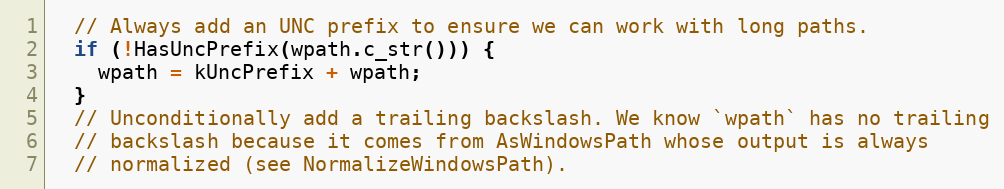
Language: C++
  // Always add an UNC prefix to ensure we can work with long paths.
  if (!HasUncPrefix(wpath.c_str())) {
    wpath = kUncPrefix + wpath;
  }
  // Unconditionally add a trailing backslash. We know `wpath` has no trailing
  // backslash because it comes from AsWindowsPath whose output is always
  // normalized (see NormalizeWindowsPath).